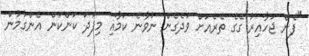
"ފެން ޖަހާއިރު ގޭގެ ތެރެއަށް ވަދެގެން ނުވާނެ ކަމާއި މިފަދަ ކަންކަން އެންގުމުން